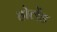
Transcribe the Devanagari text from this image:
होलेंड